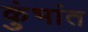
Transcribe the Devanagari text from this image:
कुंभांत